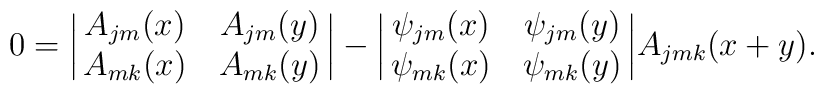
0=\biggl|\matrix{A_{jm}(x)&A_{jm}(y)\cr A_{mk}(x)&A_{mk}(y)\cr}\biggr| -\biggl|\matrix{\psi_{jm}(x)&\psi_{jm}(y)\cr \psi_{mk}(x)&\psi_{mk}(y)\cr}\biggr|    A_{jmk}(x+y).